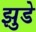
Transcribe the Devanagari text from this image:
झुडे